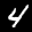
Label: 4